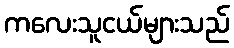
ကလေးသူငယ်များသည်